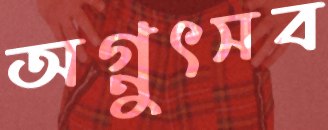
অগ্নুৎসব